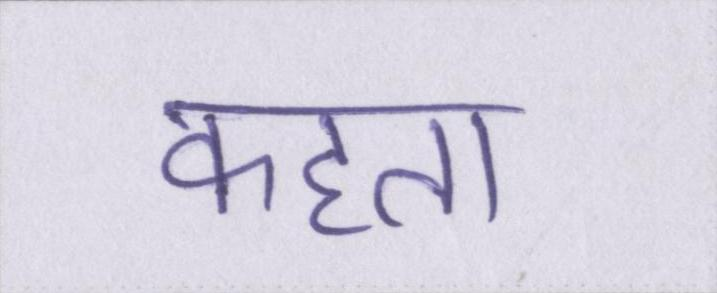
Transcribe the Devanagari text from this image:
कहता